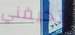
تخيفني